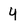
Character: y